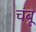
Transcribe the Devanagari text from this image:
चंबू